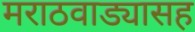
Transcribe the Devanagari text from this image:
मराठवाड्यासह